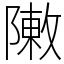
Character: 敶